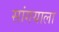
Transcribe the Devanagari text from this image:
सांगयाला